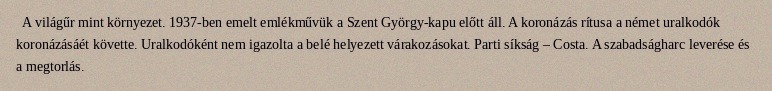
A világűr mint környezet. 1937-ben emelt emlékművük a Szent György-kapu előtt áll. A koronázás rítusa a német uralkodók koronázásáét követte. Uralkodóként nem igazolta a belé helyezett várakozásokat. Parti síkság – Costa. A szabadságharc leverése és a megtorlás.